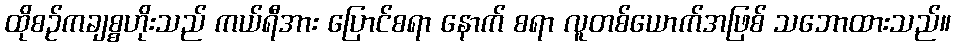
ထိုစဉ်ကချစ္စဟိုးသည် ကယ်ရီအား ပြောင်စရာ နောက် စရာ လူတစ်ယောက်အဖြစ် သဘောထားသည်။